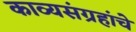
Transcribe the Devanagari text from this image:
काव्यसंग्रहांचे